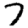
Digit: 7